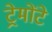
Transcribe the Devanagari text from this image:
ट्रेमोंटे